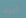
أعرف